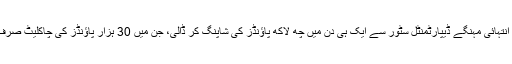
زمیرہ ہاجیووف نے لندن کے انتہائی مہنگے ڈیپارٹمنٹل سٹور سے ایک ہی دن میں چھ لاکھ پاؤنڈز کی شاپنگ کر ڈالی، جن میں 30 ہزار پاؤنڈز کی چاکلیٹ صرف ایک دوپہر میں اڑا دی گئی۔